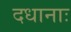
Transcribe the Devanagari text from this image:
दधानाः